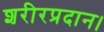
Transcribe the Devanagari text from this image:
शरीरप्रदान।